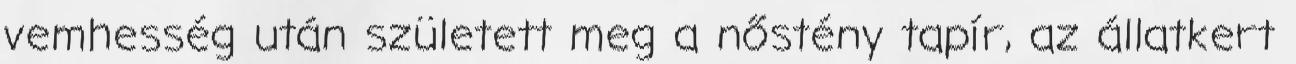
vemhesség után született meg a nőstény tapír, az állatkert